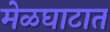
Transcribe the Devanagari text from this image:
मेळघाटात